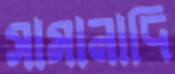
সামানাদি